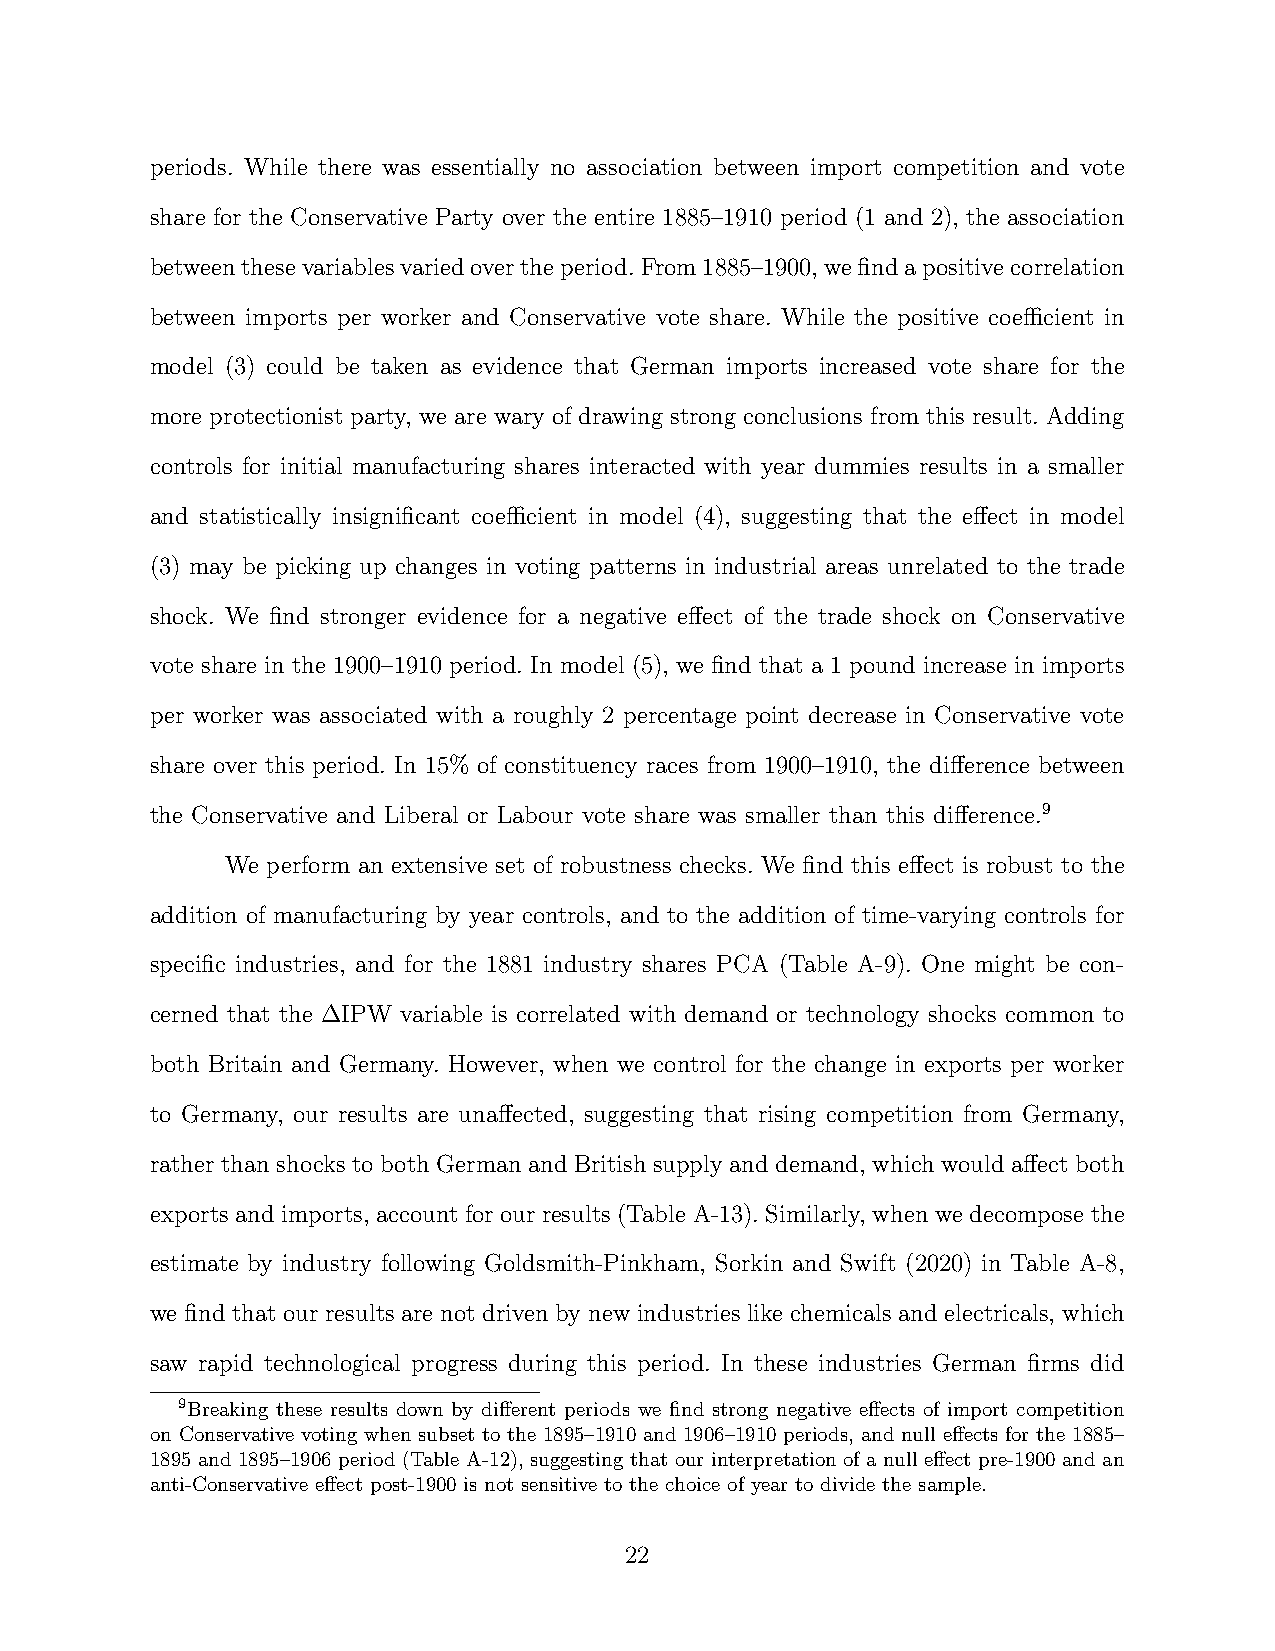
periods. While there was essentially no association between import competition and vote
 share for the Conservative Party over the entire 1885–1910 period (1 and 2), the association
 betweenthesevariablesvariedovertheperiod.From1885–1900,wefindapositivecorrelation
 between imports per worker and Conservative vote share. While the positive coefficient in
 model (3) could be taken as evidence that German imports increased vote share for the
 more protectionist party, we are wary of drawing strong conclusions from this result. Adding
 controls for initial manufacturing shares interacted with year dummies results in a smaller
 and statistically insignificant coefficient in model (4), suggesting that the effect in model
 (3) may be picking up changes in voting patterns in industrial areas unrelated to the trade
 shock. We find stronger evidence for a negative effect of the trade shock on Conservative
 vote share in the 1900–1910 period. In model (5), we find that a 1 pound increase in imports
 per worker was associated with a roughly 2 percentage point decrease in Conservative vote
 share over this period. In 15% of constituency races from 1900–1910, the difference between
 the Conservative and Liberal or Labour vote share was smaller than this difference.9
 We perform an extensive set of robustness checks. We find this effect is robust to the
 addition of manufacturing by year controls, and to the addition of time-varying controls for
 specific industries, and for the 1881 industry shares PCA (Table A-9). One might be con-
 cerned that the ∆IPW variable is correlated with demand or technology shocks common to
 both Britain and Germany. However, when we control for the change in exports per worker
 to Germany, our results are unaffected, suggesting that rising competition from Germany,
 rather than shocks to both German and British supply and demand, which would affect both
 exports and imports, account for our results (Table A-13). Similarly, when we decompose the
 estimate by industry following Goldsmith-Pinkham, Sorkin and Swift (2020) in Table A-8,
 we find that our results are not driven by new industries like chemicals and electricals, which
 saw rapid technological progress during this period. In these industries German firms did
 9Breaking these results down by different periods we find strong negative effects of import competition
 on Conservative voting when subset to the 1895–1910 and 1906–1910 periods, and null effects for the 1885–
 1895 and 1895–1906 period (Table A-12), suggesting that our interpretation of a null effect pre-1900 and an
 anti-Conservative effect post-1900 is not sensitive to the choice of year to divide the sample.
 22